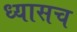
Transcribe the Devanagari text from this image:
ध्यासच